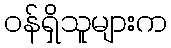
ဝန်ရှိသူများက